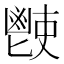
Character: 𩰢